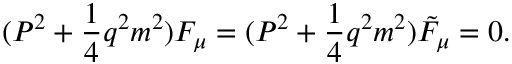
( P ^ { 2 } + \frac { 1 } { 4 } q ^ { 2 } m ^ { 2 } ) { \cal F } _ { \mu } = ( P ^ { 2 } + \frac { 1 } { 4 } q ^ { 2 } m ^ { 2 } ) { \tilde { \cal F } } _ { \mu } = 0 .